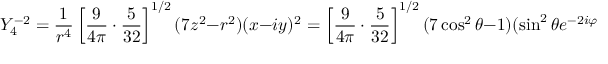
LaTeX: Y _ { 4 } ^ { - 2 } = { \frac { 1 } { r ^ { 4 } } } \left[ { \frac { 9 } { 4 \pi } } \cdot { \frac { 5 } { 3 2 } } \right] ^ { 1 / 2 } ( 7 z ^ { 2 } - r ^ { 2 } ) ( x - i y ) ^ { 2 } = \left[ { \frac { 9 } { 4 \pi } } \cdot { \frac { 5 } { 3 2 } } \right] ^ { 1 / 2 } ( 7 \cos ^ { 2 } \theta - 1 ) ( \sin ^ { 2 } \theta e ^ { - 2 i \varphi } )